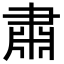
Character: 肅